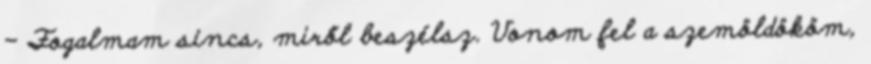
- Fogalmam sincs, miről beszélsz. Vonom fel a szemöldököm,